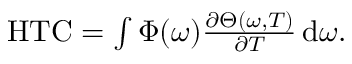
\begin{array} { r } { \mathrm { H T C } = \int \Phi ( \omega ) \frac { \partial \Theta ( \omega , T ) } { \partial T } \, \mathrm { d } \omega . } \end{array}